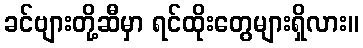
ခင်ဗျားတို့ဆီမှာ ရင်ထိုးတွေများရှိလား။